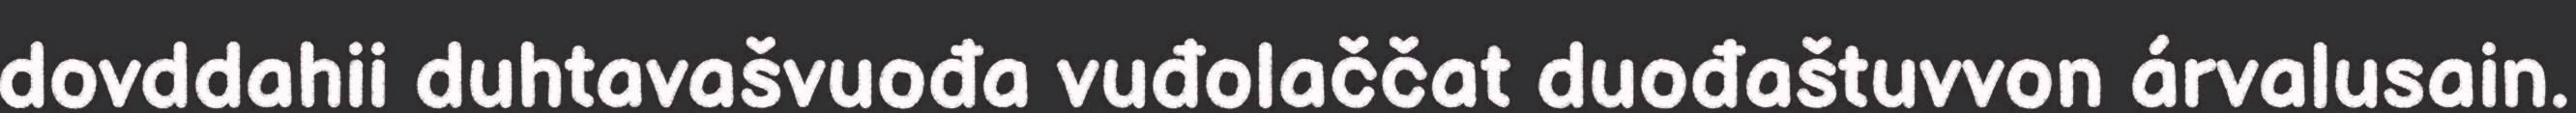
dovddahii duhtavašvuođa vuđolaččat duođaštuvvon árvalusain.